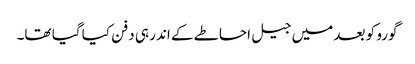
گورو کو بعد میں جیل احاطے کے اندر ہی دفن کیا گیا تھا۔